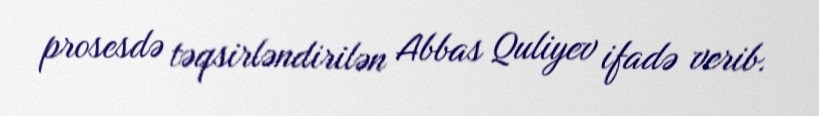
prosesdə təqsirləndirilən Abbas Quliyev ifadə verib.